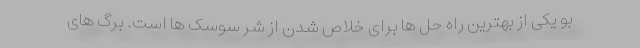
بو یکی از بهترین راه حل ها برای خلاص شدن از شر سوسک ها است. برگ های